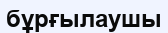
бұрғылаушы